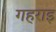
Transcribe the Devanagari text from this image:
गहराइ